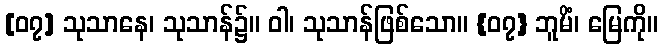
[၀၇] သုသာနေ၊ သုသာန်၌။ ဝါ၊ သုသာန်ဖြစ်သော။ {၀၇} ဘူမိံ၊ မြေကို။